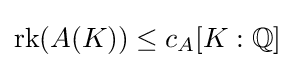
{\text{rk}}(A(K))\leq c_{A}[K:\mathbb {Q} ]